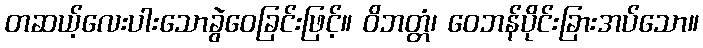
တဆယ့်လေးပါးသောခွဲဝေခြင်းဖြင့်။ ဝိဘတ္တံ၊ ဝေဘန်ပိုင်းခြားအပ်သော။